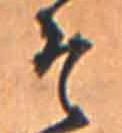
そ